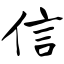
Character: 信